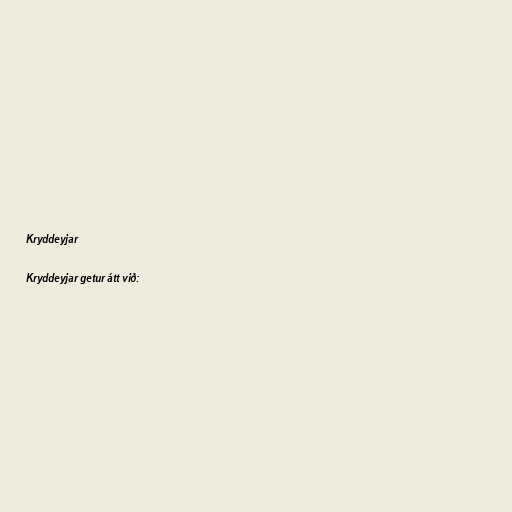
Kryddeyjar

Kryddeyjar getur átt við: